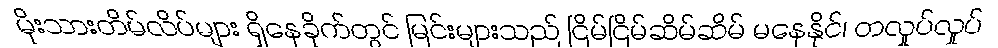
မိုးသားတိမ်လိပ်များ ရှိနေခိုက်တွင် မြင်းများသည် ငြိမ်ငြိမ်ဆိမ်ဆိမ် မနေနိုင်၊ တလှုပ်လှုပ်